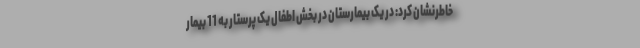
خاطرنشان کرد: در یک بیمارستان در بخش اطفال یک پرستار به 11 بیمار